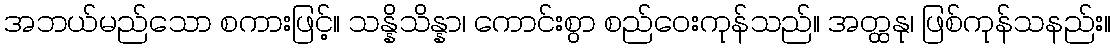
အဘယ်မည်သော စကားဖြင့်။ သန္နိသိန္နာ၊ ကောင်းစွာ စည်ဝေးကုန်သည်။ အတ္ထနု၊ ဖြစ်ကုန်သနည်း။